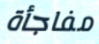
مفاجأة